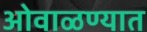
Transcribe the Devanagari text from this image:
ओवाळण्यात